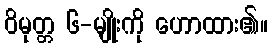
ဝိမုတ္တ ၆-မျိုးကို ဟောထား၏။